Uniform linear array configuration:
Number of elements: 64
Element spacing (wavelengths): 0.75
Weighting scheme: exponential
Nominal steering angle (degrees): -15
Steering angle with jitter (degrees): -13.971
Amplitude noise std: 0.05
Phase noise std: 0.05

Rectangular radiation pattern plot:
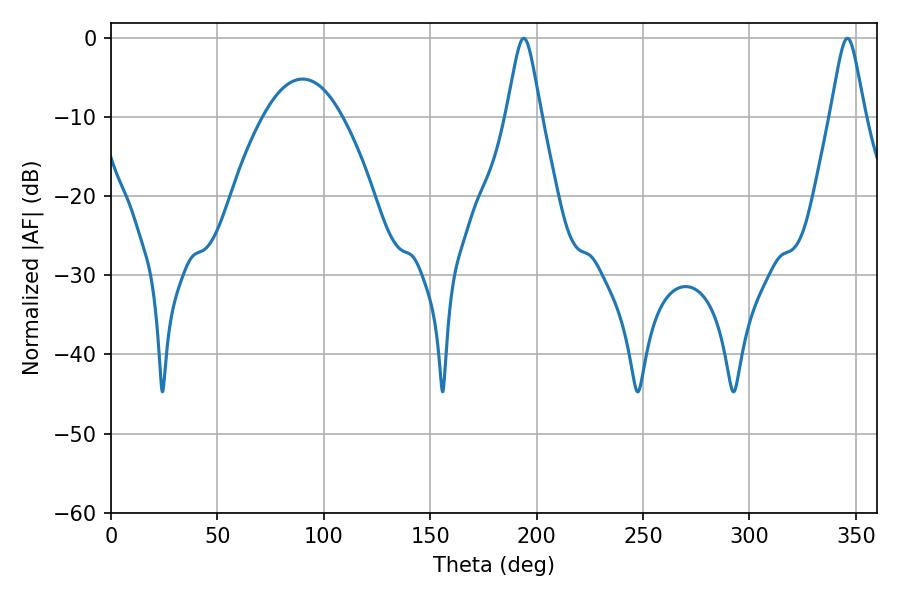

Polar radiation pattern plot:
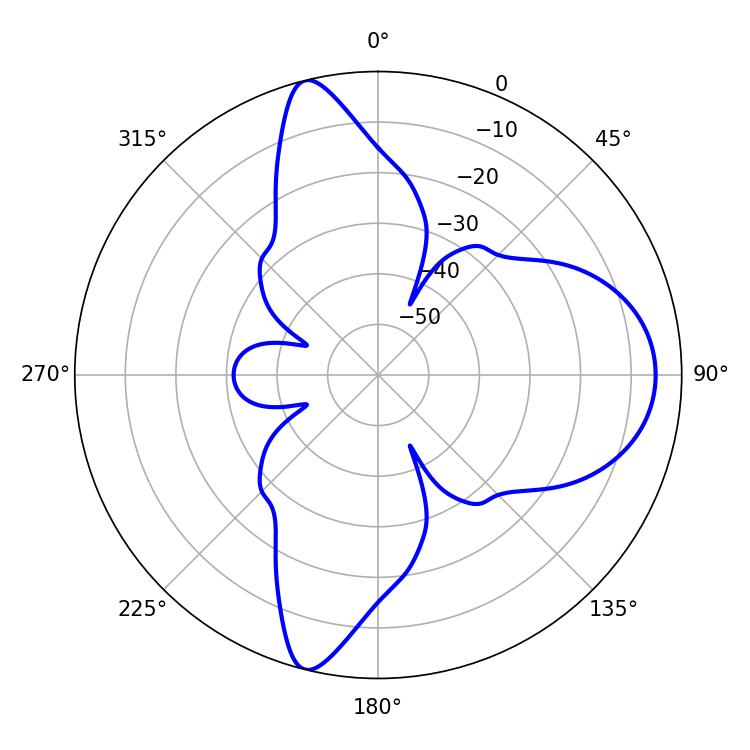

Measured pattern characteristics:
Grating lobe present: TRUE
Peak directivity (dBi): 13.609
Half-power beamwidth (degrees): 7.74
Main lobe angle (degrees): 194.04